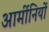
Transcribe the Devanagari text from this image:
आर्मीनियों